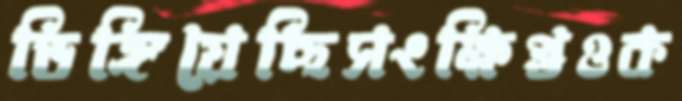
ডিঙ্গিয়েছিসংক্ষিপ্তওক